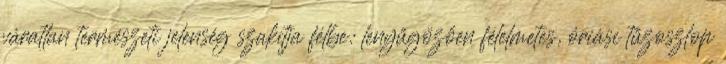
váratlan természeti jelenség szakítja félbe: lenyűgözően félelmetes, óriási tűzoszlop